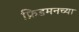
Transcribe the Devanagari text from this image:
फ्रिडमनच्या